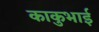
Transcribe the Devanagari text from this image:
काकुभाई